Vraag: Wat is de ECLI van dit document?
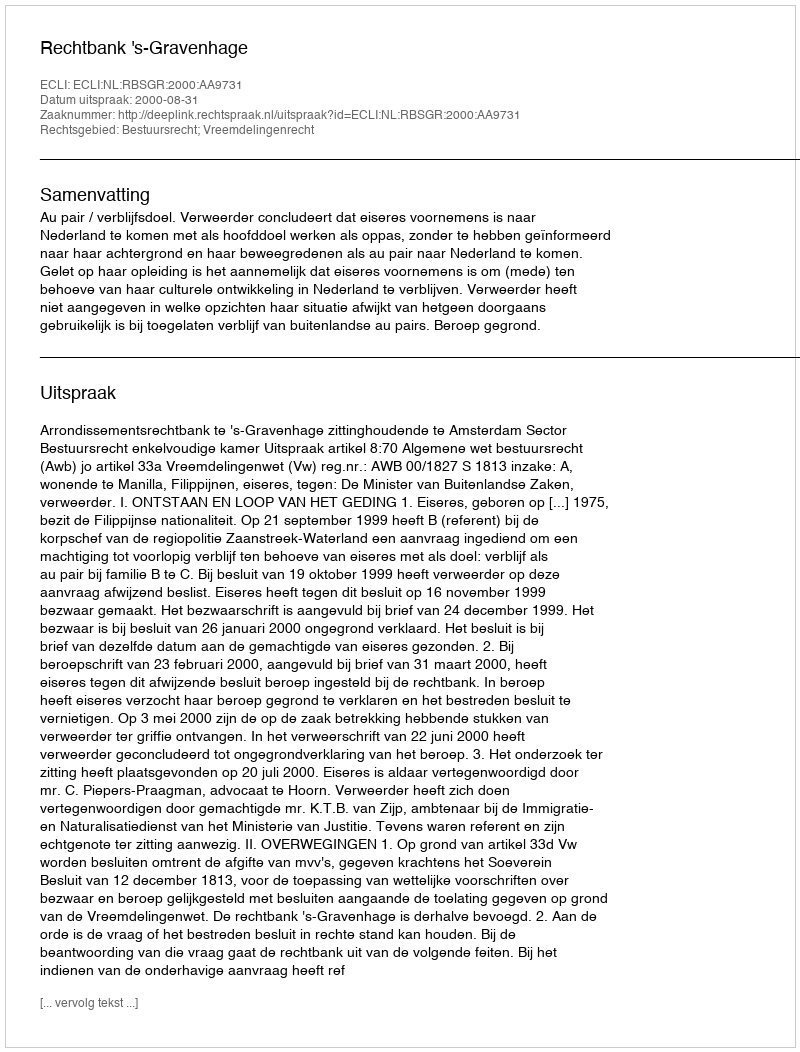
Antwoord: ECLI:NL:RBSGR:2000:AA9731